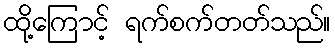
ထို့ကြောင့် ရက်စက်တတ်သည်။